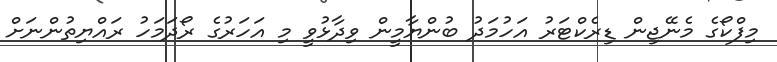
މިފްކޯގެ މެނޭޖިން ޑިރެކްޓަރު އަހުމަދު ބުންޔާމީން ވިދާޅުވީ މި އަހަރުގެ ރޯދަމަހު ރައްޔިތުންނަށް